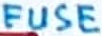
Text: FUSE